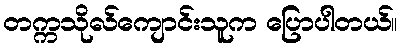
တက္ကသိုလ်ကျောင်းသူက ပြောပါတယ်။